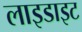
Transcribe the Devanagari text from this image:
लाइडाइट